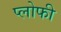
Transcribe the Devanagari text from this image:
प्लोफी